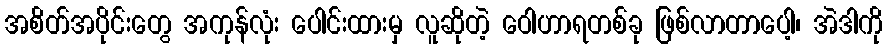
အစိတ်အပိုင်းတွေ အကုန်လုံး ပေါင်းထားမှ လူဆိုတဲ့ ဝေါဟာရတစ်ခု ဖြစ်လာတာပေါ့၊ အဲဒါကို